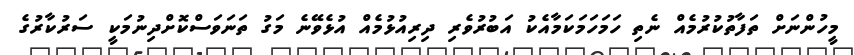
މީހުންނަށް ތަފާތުކުރުމެއް ނެތި ހަމަހަމަކަމާއެކު އަބުރުވެރި ދިރިއުޅުމެއް އުޅެވޭނެ މަގު ތަނަވަސްކޮށްދިނުމަކީ ސަރުކާރުގެ